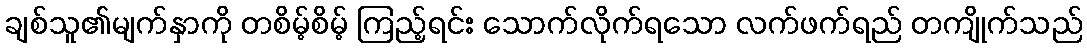
ချစ်သူ၏မျက်နှာကို တစိမ့်စိမ့် ကြည့်ရင်း သောက်လိုက်ရသော လက်ဖက်ရည် တကျိုက်သည်